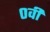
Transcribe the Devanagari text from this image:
०वीं